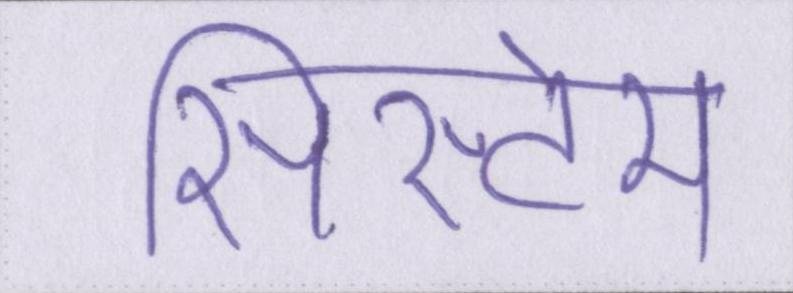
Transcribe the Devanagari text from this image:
सिस्टेम